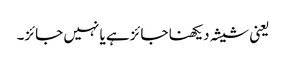
یعنی شیشہ دیکھنا جائزہے یا نہیں جائز۔